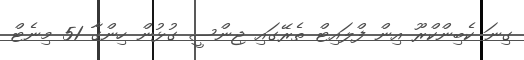
ގިނަ ކެބިންކްރޫ އިން ފްލައިޓް ތެރޭގައި ޖިންސީ ގުޅުން ހިންގާ 51 މިނެޓް